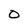
Character: 0